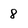
Character: 8